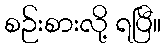
စဉ်းစားလို့ ရပြီ။